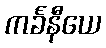
ကင်္ခနီယေ